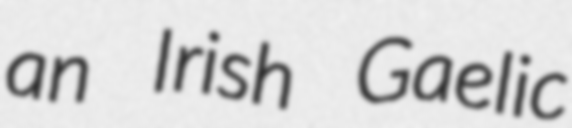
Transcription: an Irish Gaelic